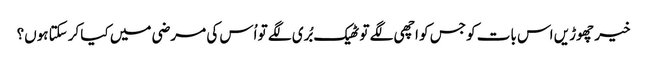
خیر چھوڑیں اس بات کو جس کو اچھی لگے تو ٹھیک بُری لگے تو اُس کی مرضی میں کیا کرسکتا ہوں؟